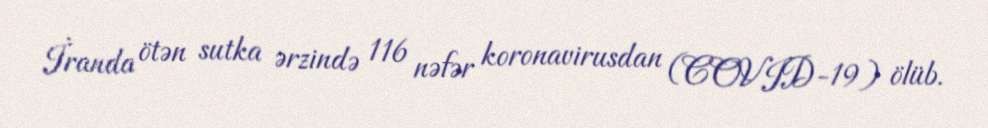
İranda ötən sutka ərzində 116 nəfər koronavirusdan (COVID-19) ölüb.